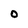
Character: O